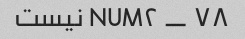
۷۸ _ NUM۲ نیست